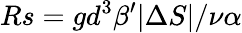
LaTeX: Rs={gd^{3}\beta^{\prime}|\Delta S|}/{\nu\alpha}